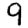
Digit: 9